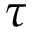
\tau